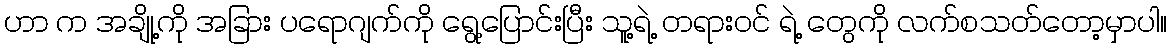
ဟာ က အချို့ကို အခြား ပရောဂျက်ကို ရွေ့ပြောင်းပြီး သူ့ရဲ့ တရားဝင် ရဲ့ တွေကို လက်စသတ်တော့မှာပါ။